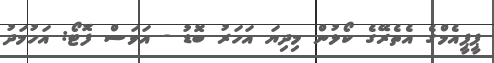
ޕީޕީއެމްގެ އެތެރޭގެ ކޯޅުން މިދިޔަ އަހަރު ބޮޑު - އަވަސް ފޮޓޯ: އަހުމަދު